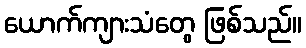
ယောက်ကျားသံတွေ ဖြစ်သည်။